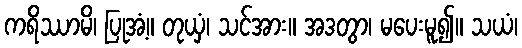
ကရိဿာမိ၊ ပြုအံ့။ တုယှံ၊ သင်အား။ အဒတွာ၊ မပေးမူ၍။ သယံ၊